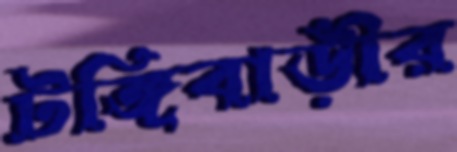
টঙ্গিবাড়ীর